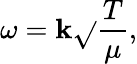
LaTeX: \omega=\mathbf{k}{\sqrt{}{{\frac{{T}}{{\mu}}}}},